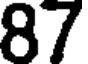
87